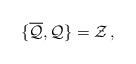
LaTeX: \begin{align*} \{ \overline{\cal{Q}}, {\cal{Q}} \} = {\cal {Z}} \, ,\end{align*}